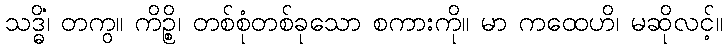
သဒ္ဓိံ၊ တကွ။ ကိဉ္စိ၊ တစ်စုံတစ်ခုသော စကားကို။ မာ ကထေဟိ၊ မဆိုလင့်။